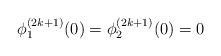
LaTeX: \begin{align*} \phi_1^{(2k+1)}(0)=\phi_2^{(2k+1)}(0)=0 \end{align*}